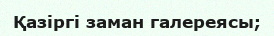
Қазіргі заман галереясы;